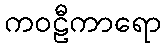
ကဝဠီကာရော